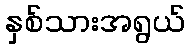
နှစ်သားအရွယ်